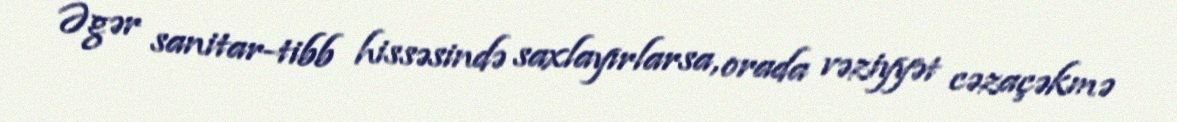
Əgər sanitar-tibb hissəsində saxlayırlarsa, orada vəziyyət cəzaçəkmə